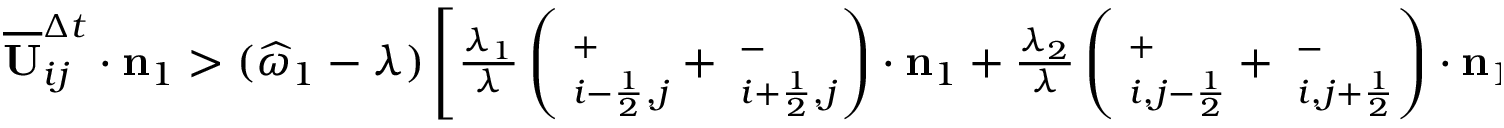
\begin{array} { r } { \overline { { \mathbf { U } } } _ { i j } ^ { \Delta t } \cdot \mathbf { n } _ { 1 } > ( \widehat { \omega } _ { 1 } - \lambda ) \left[ \frac { \lambda _ { 1 } } { \lambda } \left( { \bf \Pi } _ { i - \frac { 1 } { 2 } , j } ^ { + } + { \bf \Pi } _ { i + \frac { 1 } { 2 } , j } ^ { - } \right) \cdot \mathbf { n } _ { 1 } + \frac { \lambda _ { 2 } } { \lambda } \left( { \bf \Pi } _ { i , j - \frac { 1 } { 2 } } ^ { + } + { \bf \Pi } _ { i , j + \frac { 1 } { 2 } } ^ { - } \right) \cdot \mathbf { n } _ { 1 } \right] > 0 , } \end{array}